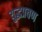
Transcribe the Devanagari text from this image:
युद्धप्रवण